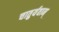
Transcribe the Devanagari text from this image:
चातुर्यवान्